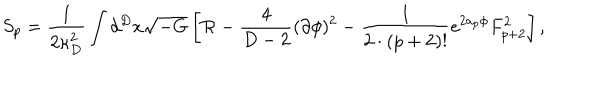
LaTeX: S _ { p } = { \frac { 1 } { 2 \kappa _ { D } ^ { 2 } } } \int d ^ { D } x \sqrt { - G } \left[ { \cal R } - { \frac { 4 } { D - 2 } } ( \partial \phi ) ^ { 2 } - { \frac { 1 } { 2 \cdot ( p + 2 ) ! } } e ^ { 2 a _ { p } \phi } F _ { p + 2 } ^ { 2 } \right] ,